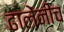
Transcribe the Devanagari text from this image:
ढालेंनीच